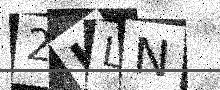
Text: 2LLN